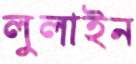
লুলাইন